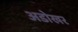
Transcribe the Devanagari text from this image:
अडोखर